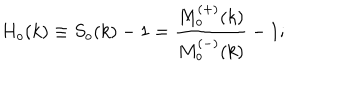
H _ { o } ( k ) \equiv S _ { o } ( k ) - 1 = \frac { M _ { o } ^ { ( + ) } ( k ) } { M _ { o } ^ { ( - ) } ( k ) } - 1 ;